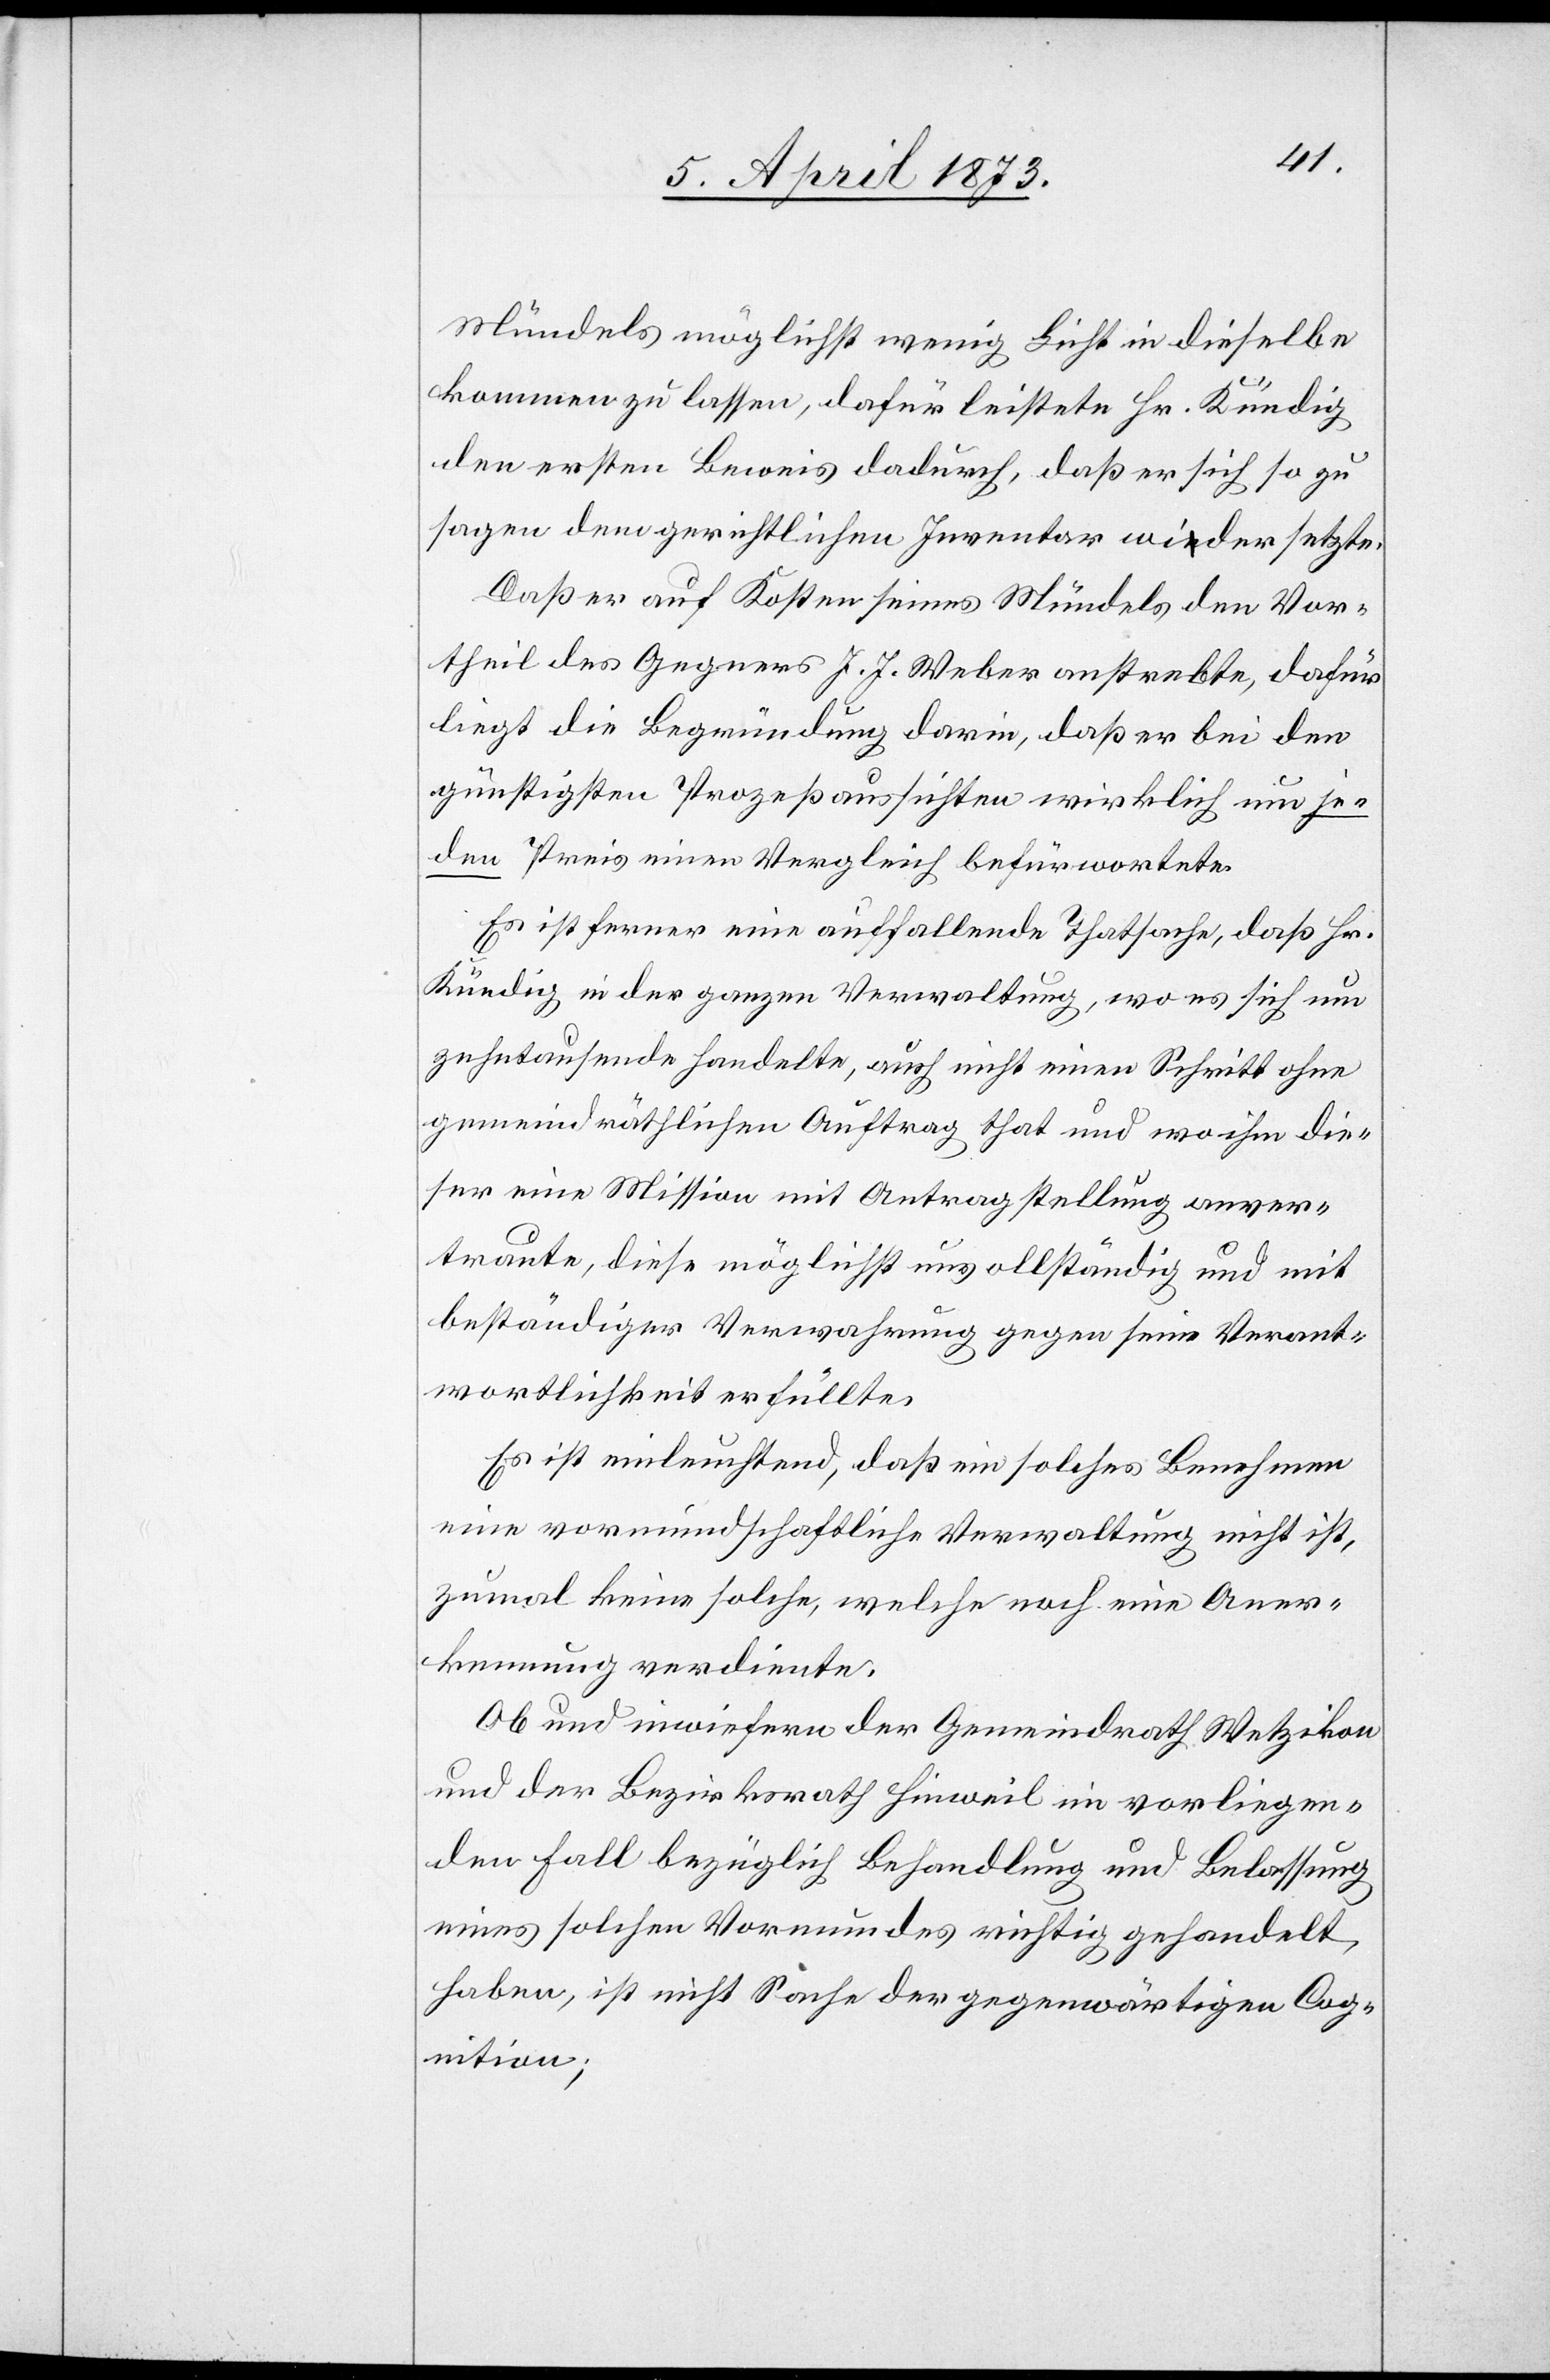
Mündels möglichst wenig Licht in dieselbe
kommen zu lassen, dafür leistete Hr. Kündig
den ersten Beweis dadurch, daß er sich so zu
sagen dem gerichtlichen Inventar widersetzte.
Daß er auf Kosten seines Mündels den Vor¬
theil des Gegners J. J. Weber anstrebte, dafür
liegt die Begründung darin, daß er bei den
günstigsten Prozeßaussichten wirklich um je¬
den Preis einen Vergleich befürwortete.
Es ist ferner eine auffallende Thatsache, daß Hr.
Kündig in der ganzen Verwaltung, wo es sich um
zehntausende handelte, auch nicht einen Schritt ohne
gemeindräthlichen Auftrag that und wo ihm die¬
ser eine Mission mit Antragstellung anver¬
traute, diese möglichst nur allständig und mit
beständiger Verwahrung gegen seine Verant¬
wortlichkeit erfüllte.
Es ist einleuchtend, daß ein solches Benehmen
eine vormundschaftliche Verwaltung nicht ist,
zumal keine solche, welche noch eine Aner¬
kennung verdiente.
Ob und inwiefern der Gemeindrath Wetzikon
und der Bezirksrath Hinweil im vorliegen¬
den Fall bezüglich Behandlung und Belassung
eines solchen Vormundes richtig gehandelt
haben, ist nicht Sache der gegenwärtigen Cog¬
nition;